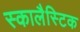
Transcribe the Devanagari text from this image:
स्कालैस्टिक